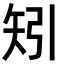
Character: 矧